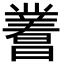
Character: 𬁝